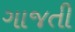
ગાજતી